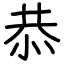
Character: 恭